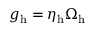
g _ { \mathrm { h } } = \eta _ { \mathrm { h } } \Omega _ { \mathrm { h } }